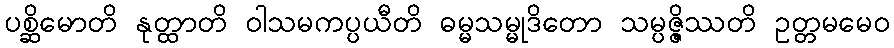
ပစ္ဆိမောတိ နုတ္ထာတိ ဝါသမကပ္ပယီတိ ဓမ္မသမ္မုဒိတော သမ္ပဇ္ဇိဿတိ ဥတ္တမမေဝ